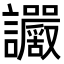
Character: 𧮜